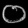
Digit: ၀